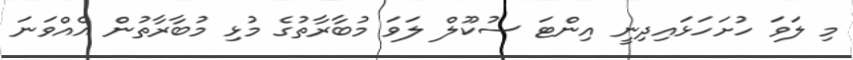
މި ލަވަ ހުށަހަޅައިދިނީ އިންޓަ ސުކޫލް ލަވަ މުބާރާތުގެ މުޅި މުބާރާތުން އެއްވަނަ